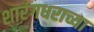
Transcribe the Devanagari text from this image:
शारंगधराच्या